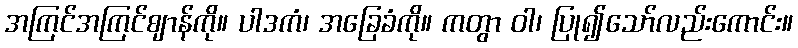
အကြင်အကြင်ဈာန်ကို။ ပါဒကံ၊ အခြေခံကို။ ကတွာ ဝါ၊ ပြု၍သော်လည်းကောင်း။